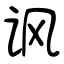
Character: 讽